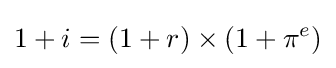
1+i=(1+r)\times (1+\pi ^{e})